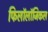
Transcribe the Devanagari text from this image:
फिलॉलॉजिकल